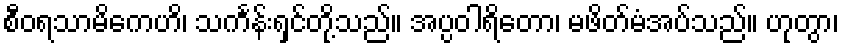
စီဝရသာမိကေဟိ၊ သင်္ကန်းရှင်တို့သည်။ အပ္ပဝါရိတော၊ မဖိတ်မံအပ်သည်။ ဟုတွာ၊